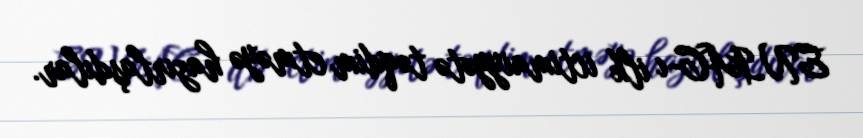
ENIAC-ı ilk ictimaiyyətə təqdim etməyə hazırlaşdılar.